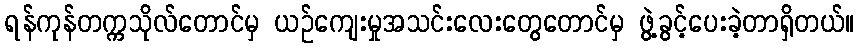
ရန်ကုန်တက္ကသိုလ်တောင်မှ ယဉ်ကျေးမှုအသင်းလေးတွေတောင်မှ ဖွဲ့ခွင့်ပေးခဲ့တာရှိတယ်။